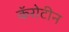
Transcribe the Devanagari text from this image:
कॅरोटीन